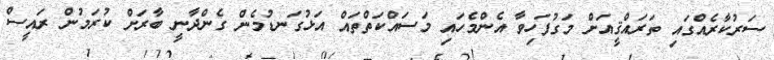
ސަރުކާރެއްގައި ތަރައްޤީއަށް މަގުފަހިވާ އެންމެހައި މަސައްކަތްތައް އަޅުގަނޑުމެން ގެންދާނީ ބާރަށް ކުރަމުން ރައީސް